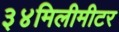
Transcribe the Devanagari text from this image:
३४मिलीमीटर